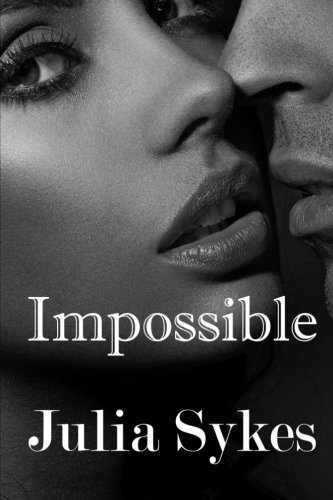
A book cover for Impossible: The Original Trilogy; Julia Sykes; Romance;